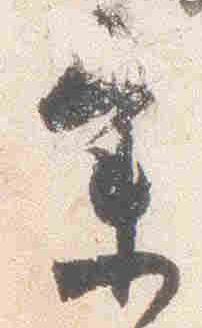
参